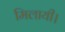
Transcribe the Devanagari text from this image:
मिलायी।